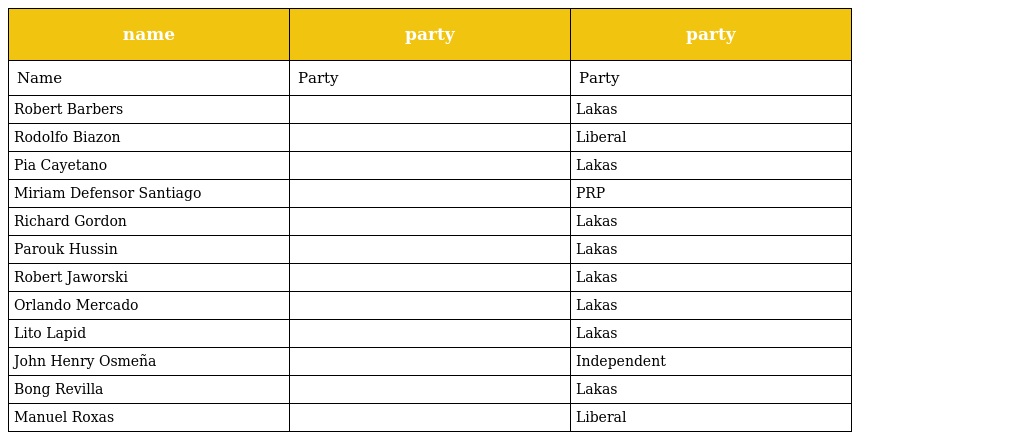
| name | party | party |
 | --- | --- | --- |
 | Name | Party | Party |
 | Robert Barbers |  | Lakas |
 | Rodolfo Biazon |  | Liberal |
 | Pia Cayetano |  | Lakas |
 | Miriam Defensor Santiago |  | PRP |
 | Richard Gordon |  | Lakas |
 | Parouk Hussin |  | Lakas |
 | Robert Jaworski |  | Lakas |
 | Orlando Mercado |  | Lakas |
 | Lito Lapid |  | Lakas |
 | John Henry Osmeña |  | Independent |
 | Bong Revilla |  | Lakas |
 | Manuel Roxas |  | Liberal |